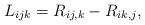
LaTeX: \begin{align*} L_{ijk} = R_{ij,k} - R_{ik,j}, \end{align*}